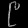
Digit: ၉